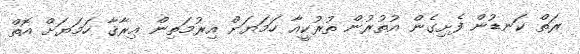
ރަތް ކަނޑުން ފެށިގެން އުތުރުން ތުރުކީއާ ހަމަޔަށް އިރުމަތިން ޢިރާޤާ ހަމަޔަށް އޮތް